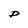
Character: P